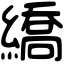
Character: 繑